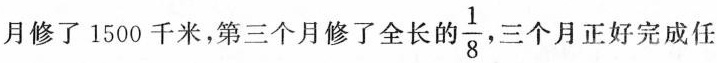
月修了1500千米，第三个月修了全长的 \frac{1}{8} 三个月正好完成任